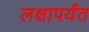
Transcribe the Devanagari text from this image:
लक्षापर्यंत